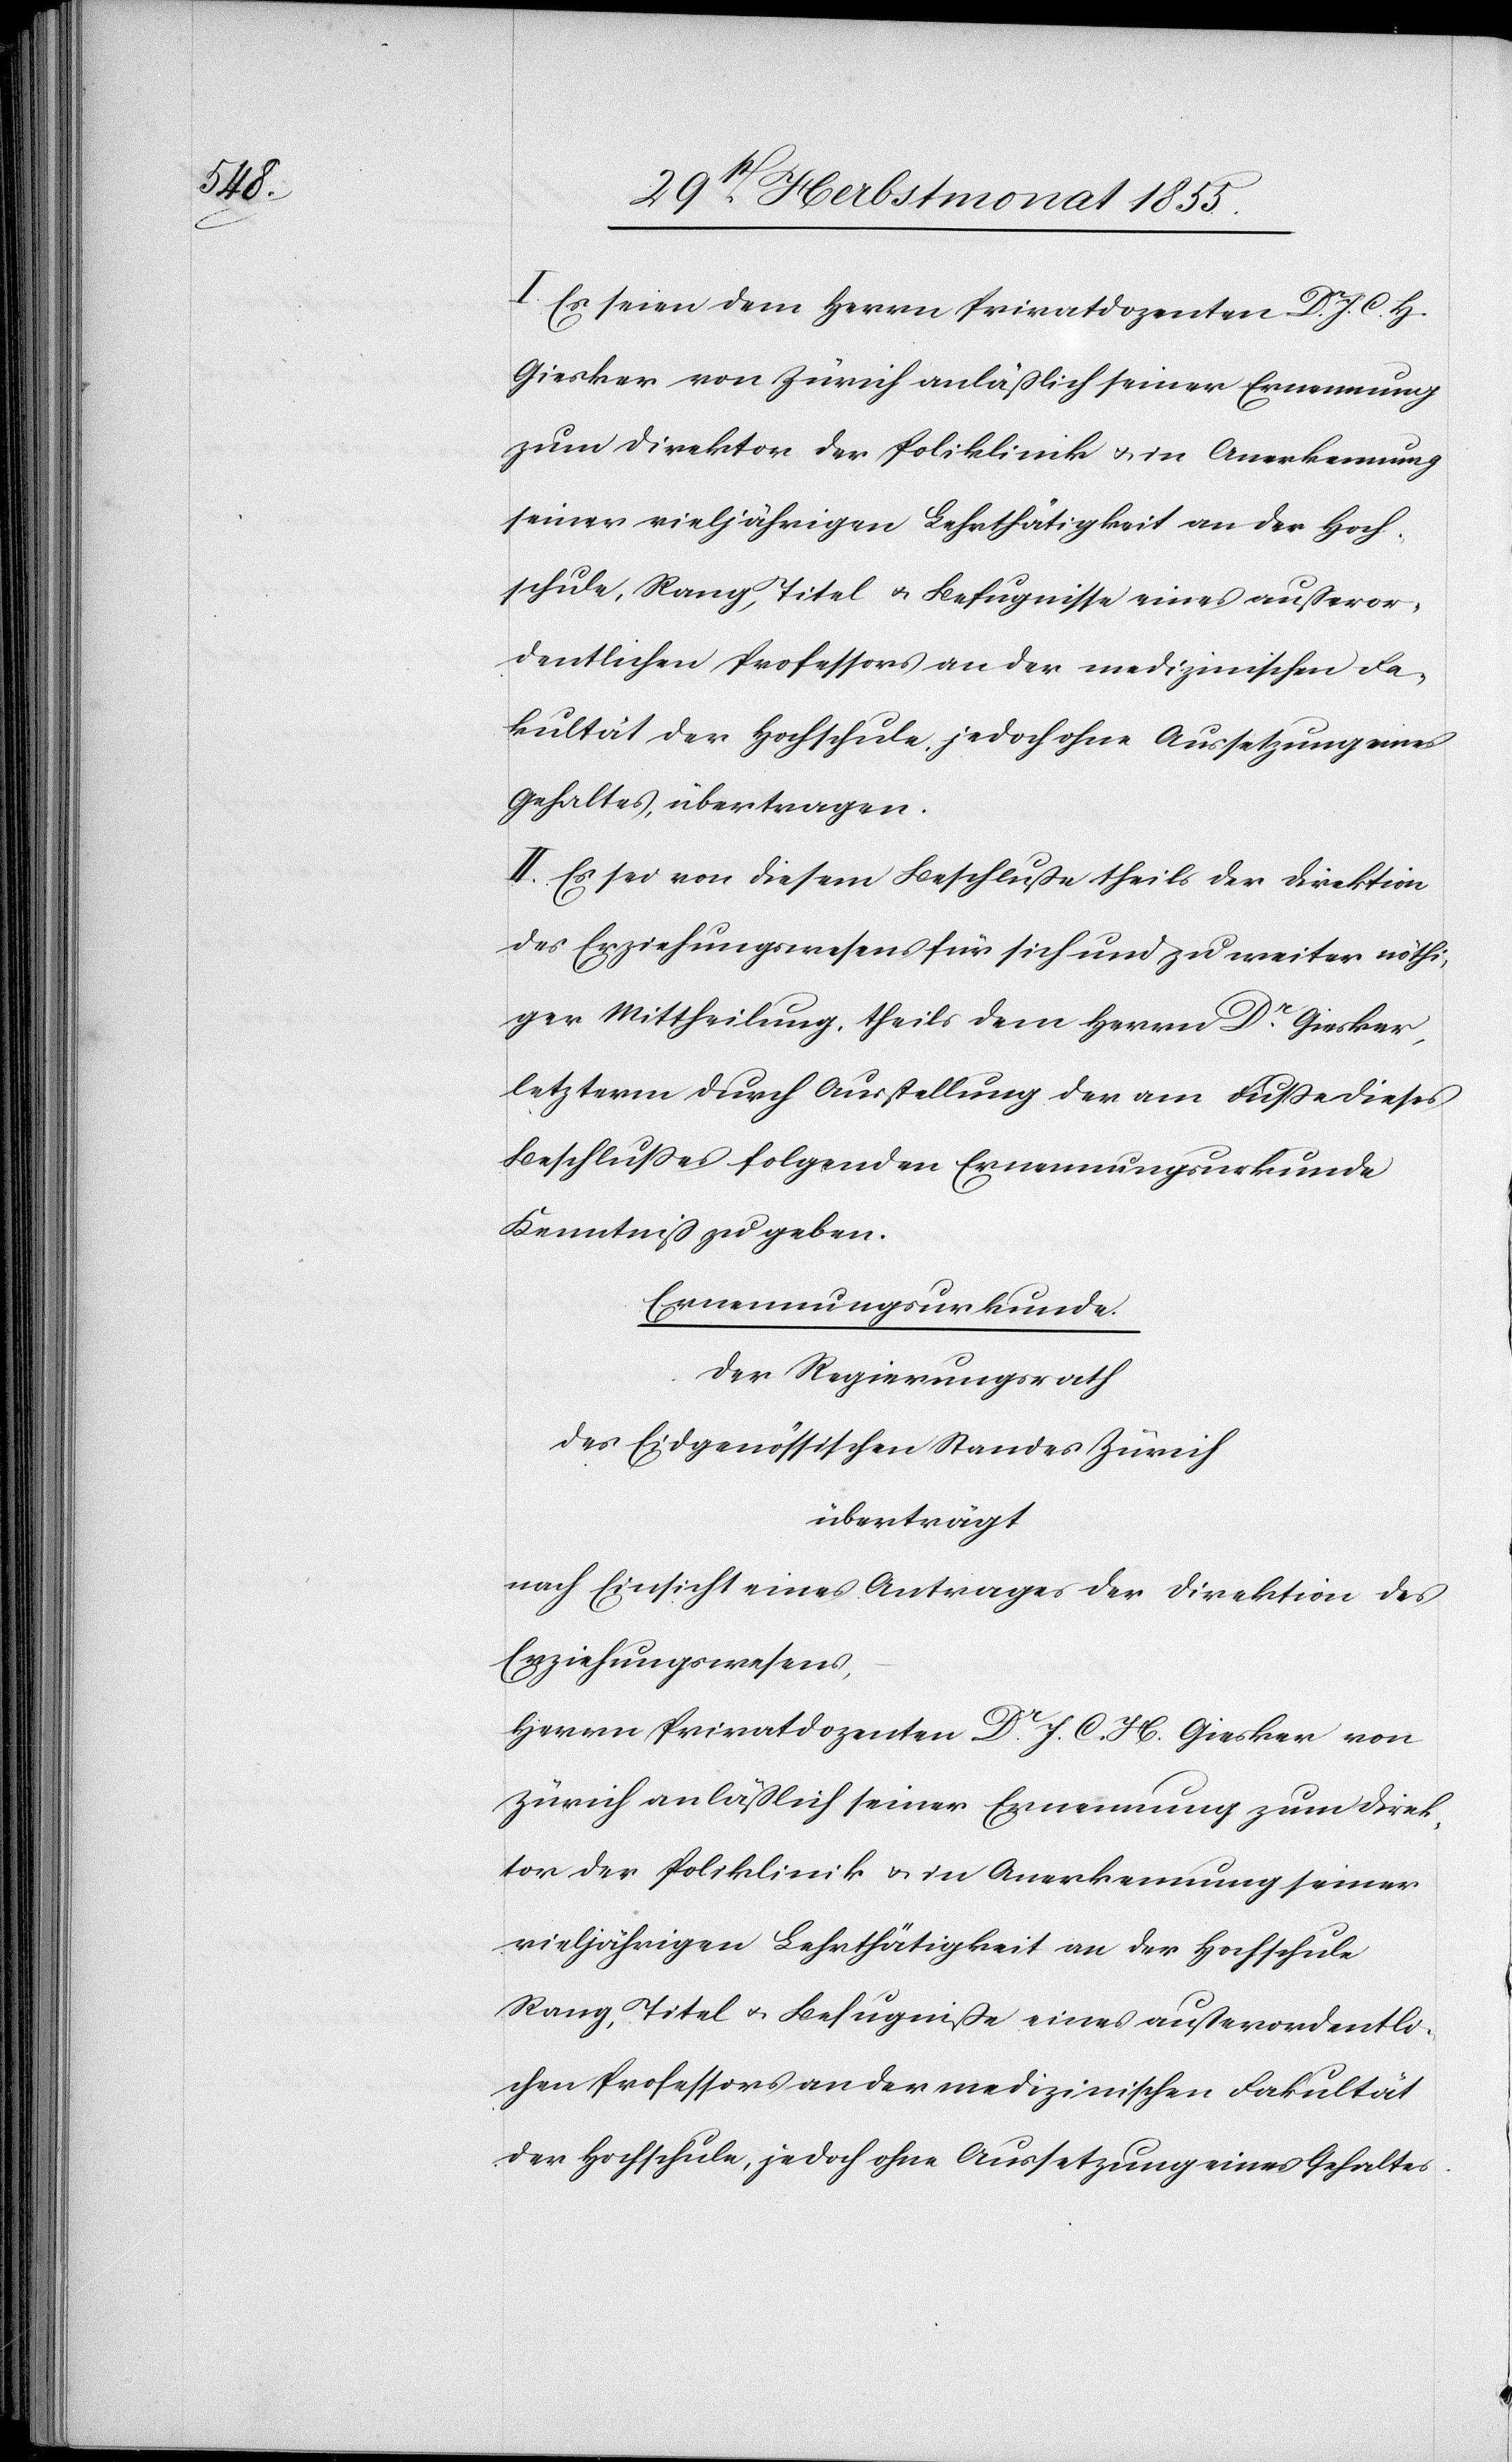
I. Es seien dem Herrn Privatdozenten Dr. J. C. H.
Giesker von Zürich anläßlich seiner Ernennung
zum Direktor der Poliklinik & in Anerkennung
seiner vieljährigen Lehrthätigkeit an der Hoch¬
schule, Rang, Titel & Befugnisse eines außeror¬
dentlichen Professors an der medizinischen Fa¬
kultät der Hochschule, jedoch ohne Aussetzung eines
Gehaltes, übertragen.
II. Es sei von diesem Beschluße theils der Direktion
des Erziehungswesens für sich und zu weiter nöthi¬
ger Mittheilung, theils dem Herrn Dr. Giesker,
letzterm durch Ausstellung der am Fuße dieses
Beschlußes folgenden Ernennungsurkunde
Kenntniß zu geben.
Ernennungsurkunde.
Der Regierungsrath
des Eidgenössischen Standes Zürich
überträgt
nach Einsicht eines Antrages der Direktion des
Erziehungswesens,
Herrn Privatdozenten Dr. J. C. H. Giesker von
Zürich anläßlich seiner Ernennung zum Direk¬
tor der Poliklinik & in Anerkennung seiner
vieljährigen Lehrthätigkeit an der Hochschule
Rang, Titel & Befugniße eines außerordentli¬
chen Professors an der medizinischen Fakultät
der Hochschule, jedoch ohne Aussetzung eines Gehaltes.